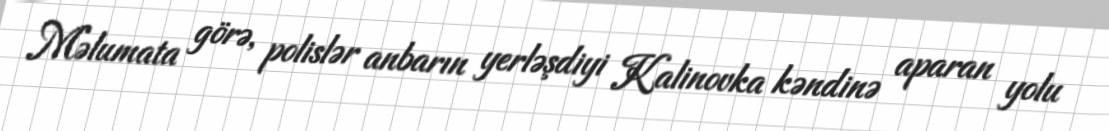
Məlumata görə, polislər anbarın yerləşdiyi Kalinovka kəndinə aparan yolu